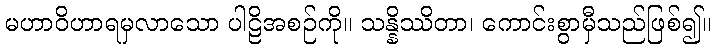
မဟာဝိဟာရမှလာသော ပါဠိအစဉ်ကို။ သန္နိဿိတာ၊ ကောင်းစွာမှီသည်ဖြစ်၍။